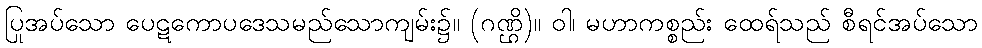
ပြုအပ်သော ပေဋကောပဒေသမည်သောကျမ်း၌။ (ဂဏ္ဌိ)။ ဝါ၊ မဟာကစ္စည်း ထေရ်သည် စီရင်အပ်သော